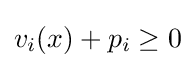
v_{i}(x)+p_{i}\geq 0